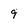
Character: 9